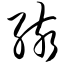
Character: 孩